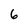
Character: 6